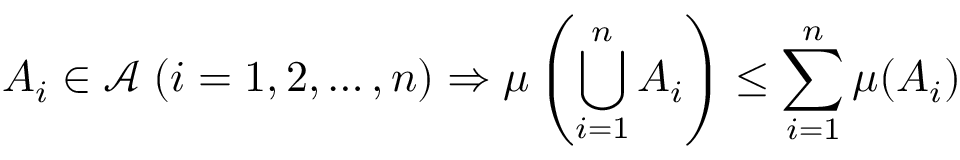
A _ { i } \in { \mathcal { A } } \; ( i = 1 , 2 , \dotsc , n ) \Rightarrow \mu \left( \bigcup _ { i = 1 } ^ { n } A _ { i } \right) \leq \sum _ { i = 1 } ^ { n } \mu ( A _ { i } )